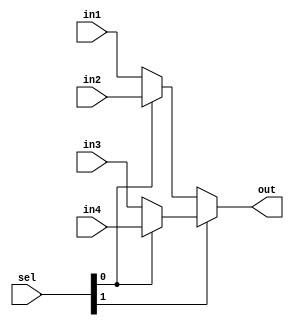
module mux4to1_32bit (in1,in2,in3,in4,sel,out);

parameter DWIDTH=32;

input [DWIDTH-1:0] in1,in2,in3,in4;

input [1:0] sel;

output [DWIDTH-1:0] out;

assign out = sel[1] ? ( sel[0] ? in4 : in3 ) : ( sel[0] ? in2 : in1 );

endmodule